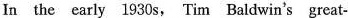
In the early 1930 s, Tim Baldwin's great.